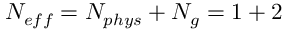
N _ { e f f } = N _ { p h y s } + N _ { g } = 1 + 2